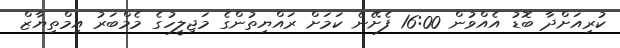
ކުރިއަށްދާ ބޮޑު އެއްވުން 16:00 ފެށޭނެ ކަމަށް ރައްޔިތުންގެ މަޖިލީހުގެ މެމްބަރު އިމްތިޔާޒް